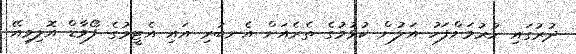
ދުރުގައި ހުރުމަށްފަހު އަލުން ކުޅުމުގެ ތެރެއަށް އެނބުރި އައި އެޓީމުގެ ފޯވާޑް އޮލިވިއޭ